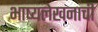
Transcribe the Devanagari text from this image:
भाष्यलेखनाची